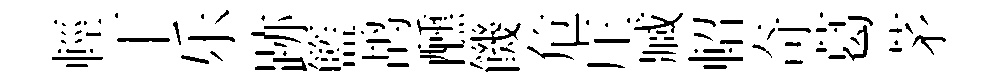
輕丅乐跡籃鸪醺饑危庄臧軺奇葛茅